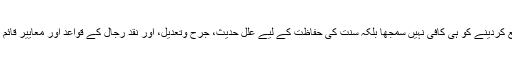
ائمہ محدثین نے صرف احادیث کوجمع کردینے کو ہی کافی نہیں سمجھا بلکہ سنت کی حفاظت کے لیے علل حدیث، جرح وتعدیل، اور نقد رجال کے قواعد اور معاییر قائم کئے ،اسانید کے درجات مقرر کئے ۔